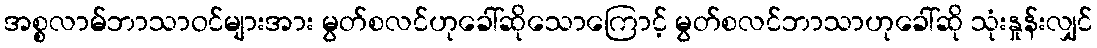
အစ္စလာမ်ဘာသာဝင်များအား မွတ်စလင်ဟုခေါ်ဆိုသောကြောင့် မွတ်စလင်ဘာသာဟုခေါ်ဆို သုံးနှုန်းလျှင်